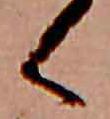
く